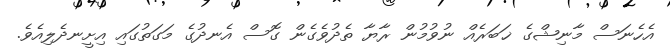
އެހެނަސް މާނިޝްގެ ޚަބަރެއް ނުވުމުން ރާޔާ ތެދުވެގެން ގޮސް އެނދުގެ މަގަތުގައި އިށީނދެލިއެވެ.